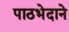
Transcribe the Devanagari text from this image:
पाठभेदाने